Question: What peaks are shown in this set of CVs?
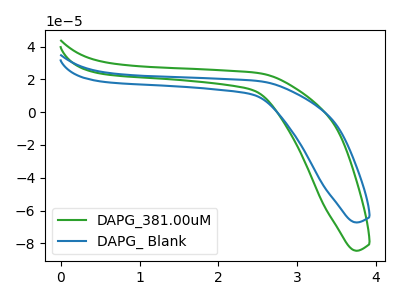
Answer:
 <answer>The green curve "DAPG_381.00uM" has no peaks. The blue curve "DAPG_ Blank" has no peaks.</answer>
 <eval></eval>